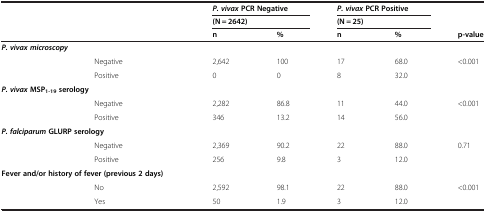
<table><thead><tr><td rowspan="3" colspan="2"><b> </b></td><td colspan="2"><b><i>P. vivax </i>PCR Negative</b></td><td colspan="2"><b><i>P. vivax </i>PCR Positive</b></td><td><b> </b></td></tr><tr><td colspan="2"><b>(N = 2642)</b></td><td colspan="2"><b>(N = 25)</b></td><td><b> </b></td></tr><tr><td><b>n</b></td><td><b>%</b></td><td><b>n</b></td><td><b>%</b></td><td><b>p-value</b></td></tr></thead><tbody><tr><td colspan="2"><b><i>P. vivax microscopy</i></b></td><td> </td><td> </td><td> </td><td> </td><td> </td></tr><tr><td rowspan="2"> </td><td>Negative</td><td>2,642</td><td>100</td><td>17</td><td>68.0</td><td>&lt;0.001</td></tr><tr><td>Positive</td><td>0</td><td>0</td><td>8</td><td>32.0</td><td> </td></tr><tr><td colspan="2"><b><i>P. vivax </i></b><b>MSP</b><sub><b>1-19 </b></sub><b>serology</b></td><td> </td><td> </td><td> </td><td> </td><td> </td></tr><tr><td rowspan="2"> </td><td>Negative</td><td>2,282</td><td>86.8</td><td>11</td><td>44.0</td><td>&lt;0.001</td></tr><tr><td>Positive</td><td>346</td><td>13.2</td><td>14</td><td>56.0</td><td> </td></tr><tr><td colspan="2"><b><i>P. falciparum </i></b><b>GLURP serology</b></td><td> </td><td> </td><td> </td><td> </td><td> </td></tr><tr><td rowspan="2"> </td><td>Negative</td><td>2,369</td><td>90.2</td><td>22</td><td>88.0</td><td>0.71</td></tr><tr><td>Positive</td><td>256</td><td>9.8</td><td>3</td><td>12.0</td><td> </td></tr><tr><td colspan="2"><b>Fever and/or history of fever (previous 2 days)</b></td><td> </td><td> </td><td> </td><td> </td><td> </td></tr><tr><td> </td><td>No</td><td>2,592</td><td>98.1</td><td>22</td><td>88.0</td><td>&lt;0.001</td></tr><tr><td> </td><td>Yes</td><td>50</td><td>1.9</td><td>3</td><td>12.0</td><td> </td></tr></tbody></table>